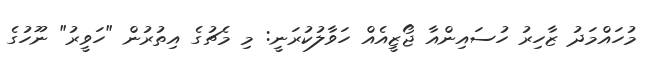
މުހައްމަދު ޒާހިރު ހުސައިންއާ ޖޯޒީއެއް ހަވާލުކުރަނީ: މި މެޗުގެ އިތުރުން "ހަވީރު" ނޫހުގެ